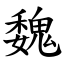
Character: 魏